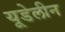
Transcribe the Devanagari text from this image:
यूडेलीन